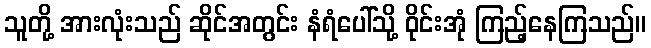
သူတို့ အားလုံးသည် ဆိုင်အတွင်း နံရံပေါ်သို့ ဝိုင်းအုံ ကြည့်နေကြသည်။